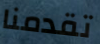
تقدمنا